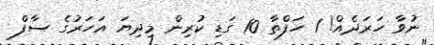
ނުވާ ހަރަދެއް! 1 ހަފްތާ 10 ގަޑި ކުރިން މިދިޔަ އަހަރުގެ ސާފް